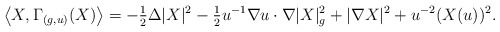
\begin{align*}\left\langle X, \Gamma_{( g, u)}(X) \right\rangle= -\tfrac{1}{2} \Delta |X|^2 - \tfrac{1}{2} u^{-1} {\nabla u} \cdot \nabla |X|_g^2 + |\nabla X|^2 + u^{-2} (X ( u))^2.\end{align*}